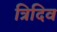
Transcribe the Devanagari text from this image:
त्रिदिव